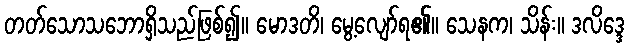
တတ်သောသဘောရှိသည်ဖြစ်၍။ မောဒတိ၊ မွေ့လျော်ရ၏။ သေနက၊ သိန်း။ ဒလိဒ္ဒေ